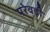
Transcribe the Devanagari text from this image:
परेवड़ी